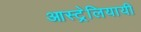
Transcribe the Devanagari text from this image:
आस्ट्रेलियायी